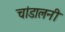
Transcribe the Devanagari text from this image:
चांडालनी